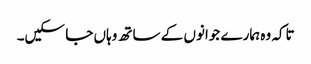
تاکہ وہ ہمارے جوانوں کے ساتھ وہاں جا سکیں۔